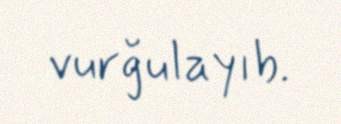
vurğulayıb.